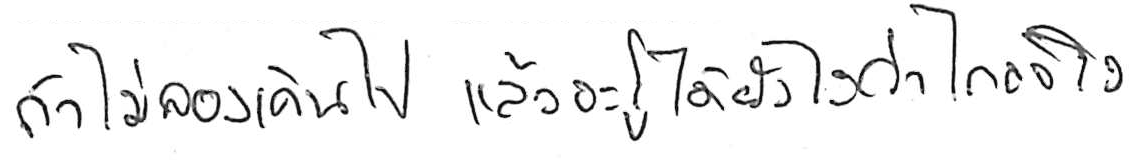
ถ้าไม่ลองเดินไป แล้วจะรู้ได้ยังไงว่าไกลจริง